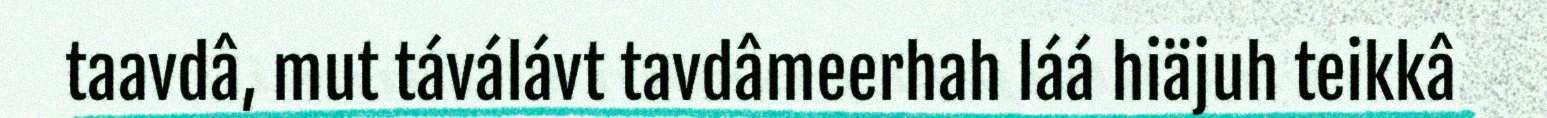
taavdâ, mut táválávt tavdâmeerhah láá hiäjuh teikkâ